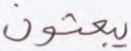
يبعثون